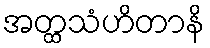
အတ္ထသံဟိတာနိ